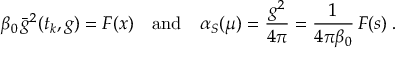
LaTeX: \beta _ { 0 } \, \bar { g } ^ { 2 } ( t _ { k } , g ) = F ( x ) \quad \mathrm { a n d } \quad \alpha _ { S } ( \mu ) = \frac { g ^ { 2 } } { 4 \pi } = \frac { 1 } { 4 \pi \beta _ { 0 } } \, F ( s ) \; .